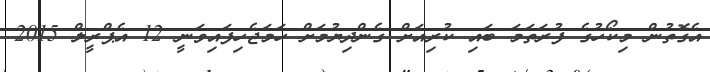
އެގޮތުން މިކޯހުގެ ފުރަތަމަ ބައި ކުރިއަށް ގެންދިޔުމަށް ހަމަޖެހިފައިވަނީ 12 އެޕްރީލް 2015